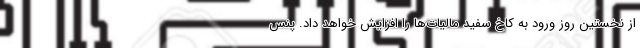
از نخستین روز ورود به کاخ سفید مالیات‌ها را افزایش خواهد داد. پنس